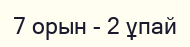
7 орын - 2 ұпай